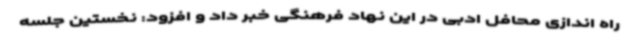
راه اندازی محافل ادبی در این نهاد فرهنگی خبر داد و افزود: نخستین جلسه